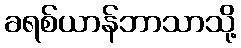
ခရစ်ယာန်ဘာသာသို့